NAE_EAOK_eestikeelsed_sunnimeetrikad, lk 101
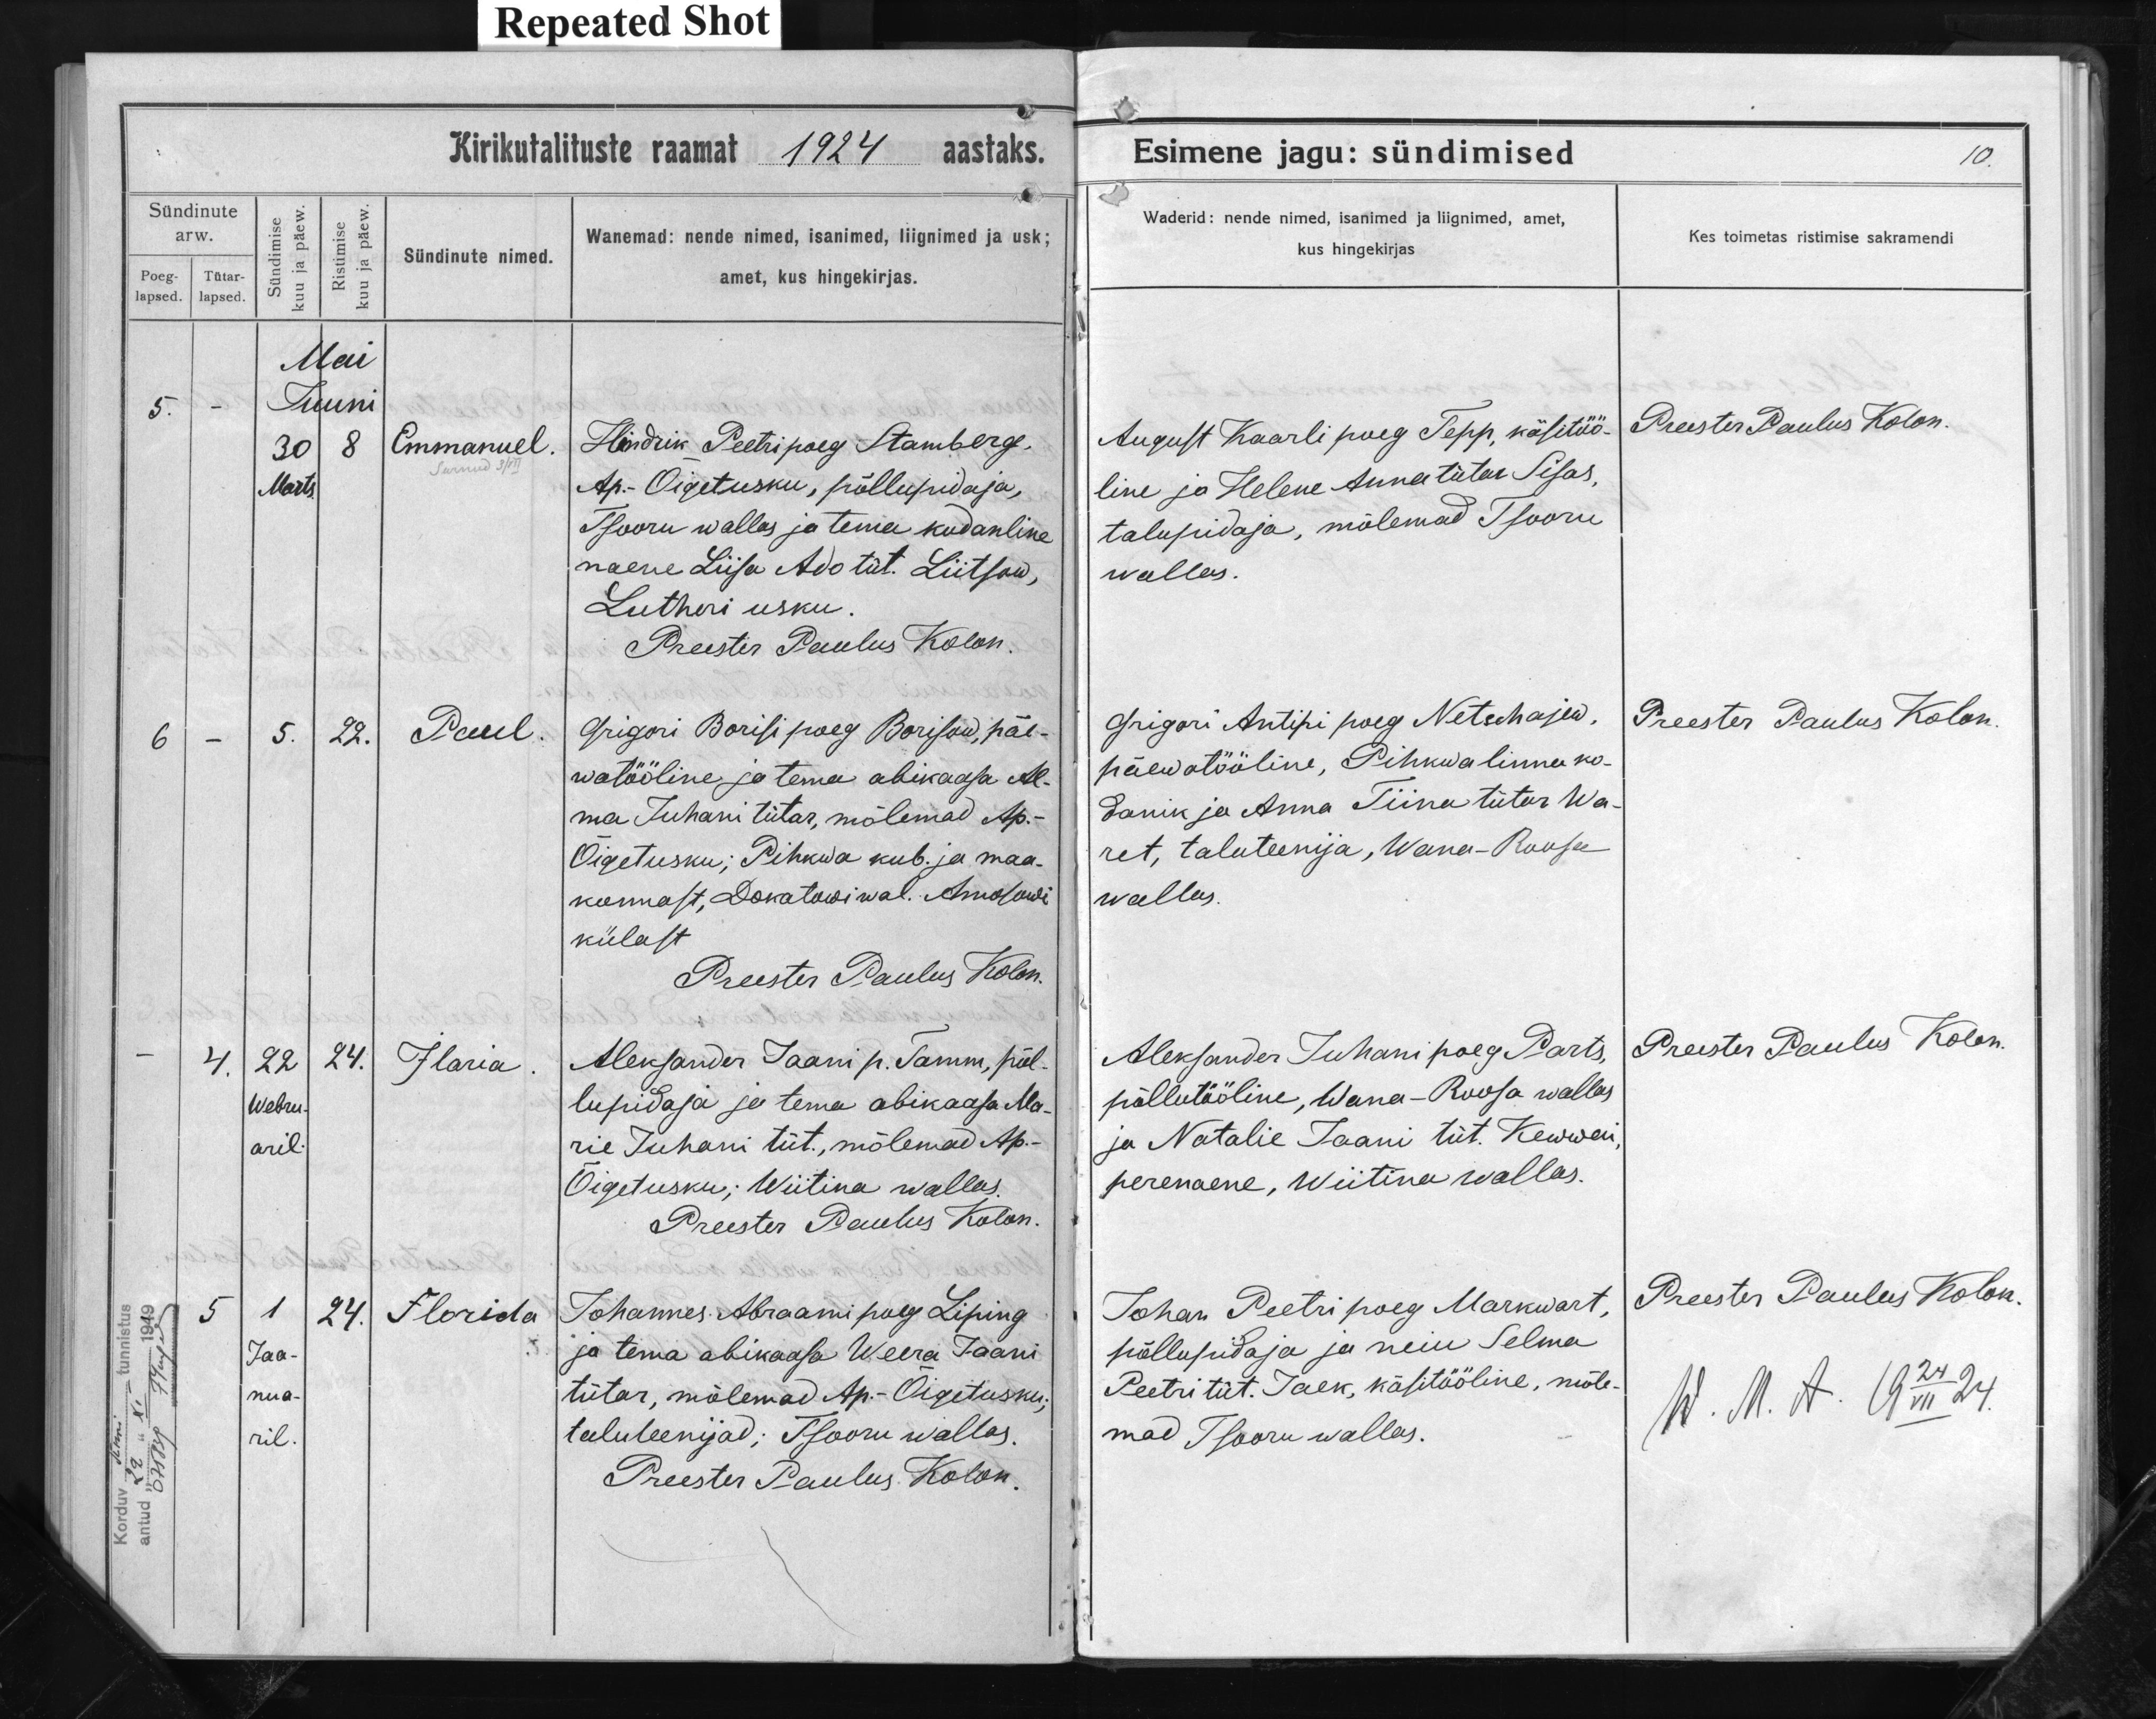
Emmanuel

Paul

Ilaria

Florida

Hindrik Peetripoeg Stamberg,
Ap.-Õigetusku, põllupidaja,
Tsooru wallas ja tema kodanline
naene Liisa Ado tüt. Liitsaw,
Lutheri usku.

Grigori Borisi poeg Borisow, päe-
watööline ja tema abikaasa Al-
ma Juhani tütar, mõlemad Ap.-
Õigetusku; Pihkwa kub. ja maa-
konnast, Dokatawi wal. Anedondi
külast

Aleksander Jaani p. Tamm, põl-
lupidaja ja tema abikaasa Ma-
rie Juhani tüt., mõlemad Ap.-
Õigetusku; Wiitina wallas.

Johannes Abraami poeg Liping
ja tema abikaasa Weera Jaani
tütar, mõlemad Ap.-Õigetusku;
taluteenijad; Tsooru wallas.